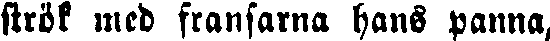
strök med fransarna hans panna,